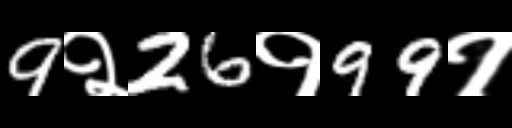
Text: 9२26१99१